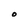
Character: O